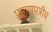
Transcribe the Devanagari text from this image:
प्रमाणपत्रीय